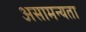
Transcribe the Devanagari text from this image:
असामन्यता